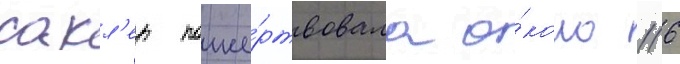
сакл'ер поже́ртвовала о́коло 116